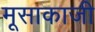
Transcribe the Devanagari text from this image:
मूसाकाजी